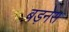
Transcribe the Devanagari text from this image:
बड़नेरा